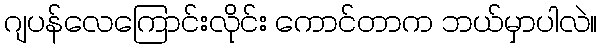
ဂျပန်လေကြောင်းလိုင်း ကောင်တာက ဘယ်မှာပါလဲ။